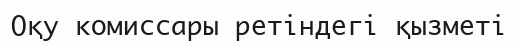
Оқу комиссары ретіндегі қызметі